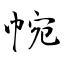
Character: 帵